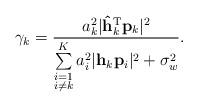
LaTeX: \begin{align*} \gamma_k=\frac{a_k^2\lvert\mathbf{\hat{h}}_k^{\textrm{T}}\mathbf{p}_k\rvert^2}{\sum\limits_{\substack{i=1\\i\neq k}}^K a_i^2\lvert\mathbf{h}_k\mathbf{p}_i\rvert^2+\sigma_w^2}.\end{align*}